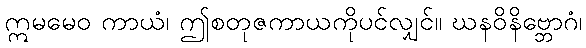
ဣမမေဝ ကာယံ၊ ဤစတုဇကာယကိုပင်လျှင်။ ဃနဝိနိဗ္ဘောဂံ၊